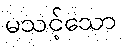
မသင့်သော